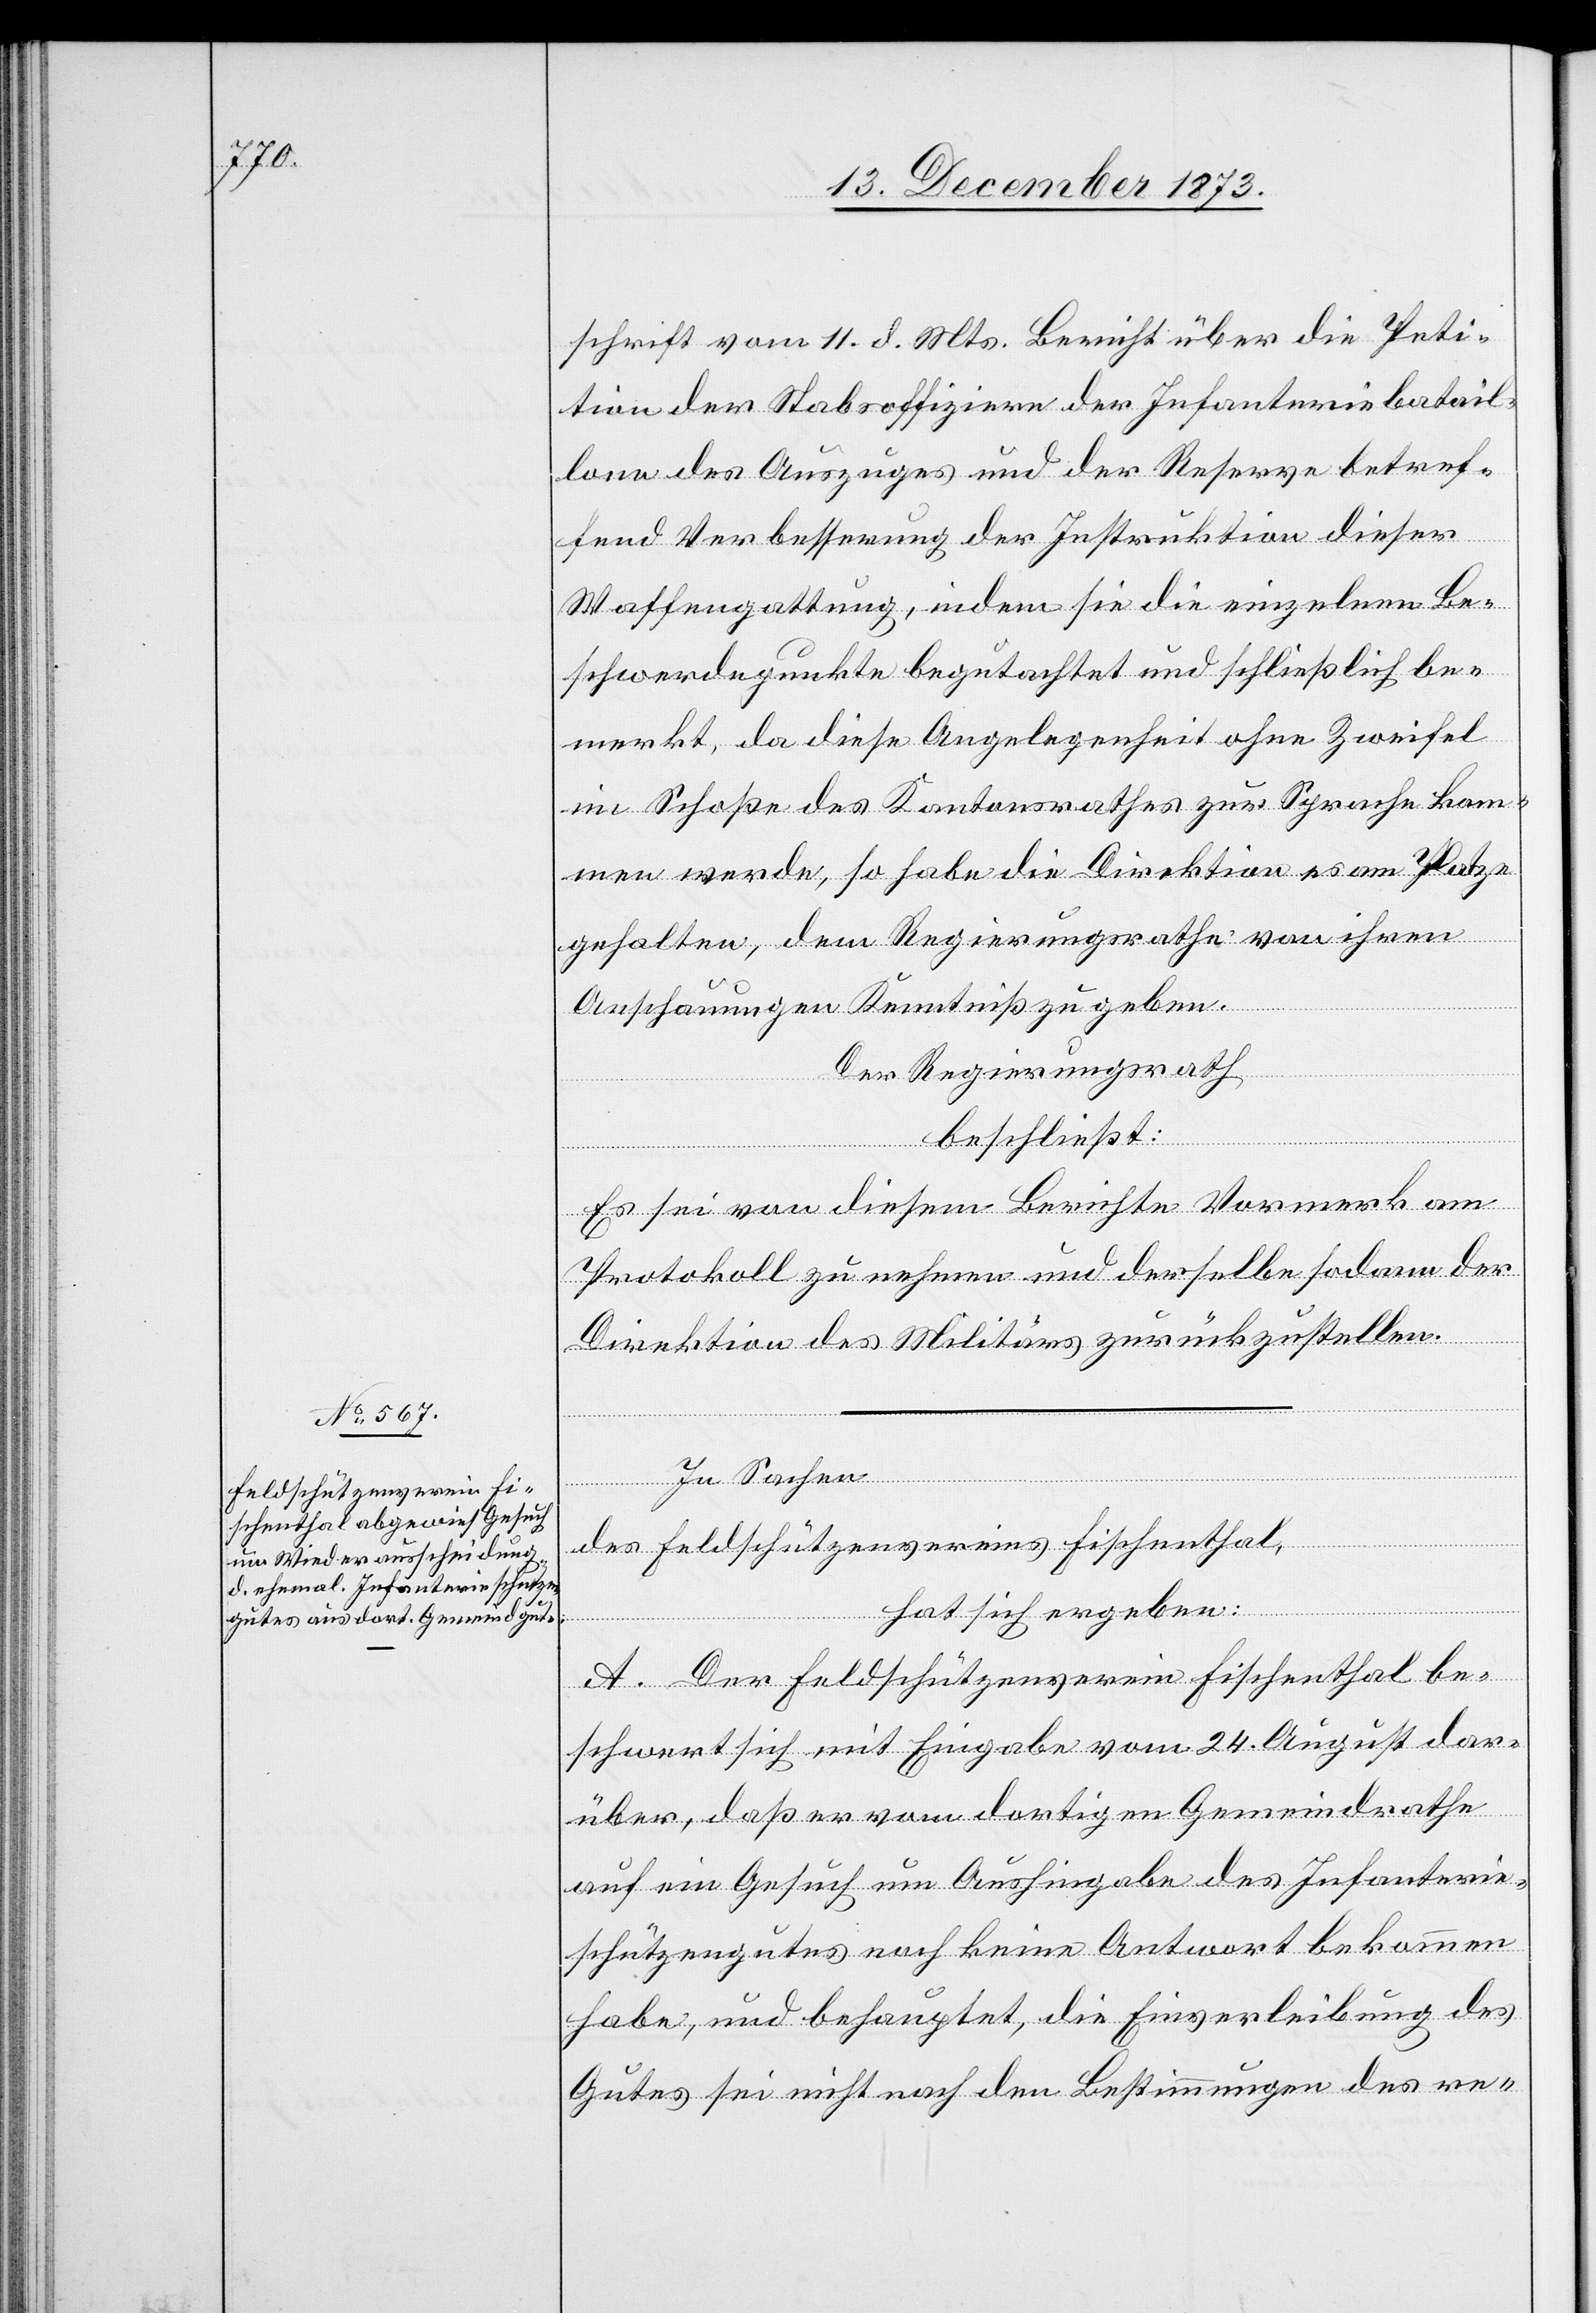
schrift vom 11. d. Mts. Bericht über die Peti¬
tion der Stabsoffiziere der Infanteriebatail¬
lone des Auszuges und der Reserve betref¬
fend Verbesserung der Instruktion dieser
Waffengattung, indem sie die einzelnen Be¬
schwerdepunkte begutachtet und schließlich be¬
merkt, da diese Angelegenheit ohne Zweifel
im Schoße des Kantonsrathes zur Sprache kom¬
men werde, so habe die Direktion es am Platze
gehalten, dem Regierungsrath von ihren
Anschauungen Kenntniß zu geben.
Der Regierungsrath
beschließt:
Es sei von diesem Berichte Vormerk am
Protokoll zu nehmen und derselbe sodann der
Direktion des Militärs zurückzustellen.
In Sachen
des Feldschützenvereins Fischenthal,
hat sich ergeben:
A. Der Feldschützenverein Fischenthal be¬
schwert sich mit Eingabe vom 24. August dar¬
über, daß er vom dortigen Gemeindrathe
auf ein Gesuch um Aushingabe des Infanterie¬
schützengutes noch keine Antwort bekommen
habe, und behauptet, die Einverleibung des
Gutes sei nicht nach den Bestimmungen des re-